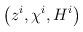
LaTeX: \begin{align*}\left(z^i,\chi^i,H^i\right)\end{align*}